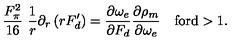
\frac { F _ { \pi } ^ { 2 } } { 1 6 } \ \frac { 1 } { r } \partial _ { r } \left( r F _ { d } ^ { \prime } \right) = \frac { \partial \omega _ { e } } { \partial F _ { d } } \frac { \partial \rho _ { m } } { \partial \omega _ { e } } \quad \mathrm { f o r d > 1 . }